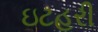
ઇટહરી